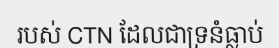
របស់ CTN ដែលជាទ្រនំធ្លាប់